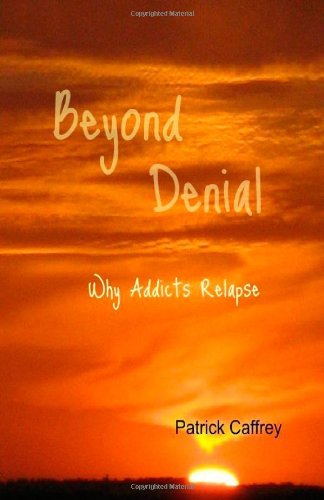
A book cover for Beyond Denial; Patrick Caffrey; Health, Fitness & Dieting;